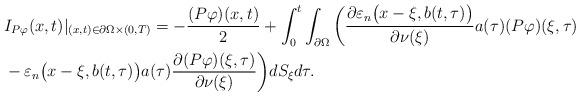
LaTeX: \begin{align*}&I_{P\varphi}(x,t)|_{(x,t)\in \partial\Omega\times(0,T)}=-\frac{(P\varphi)(x,t)}{2}+\int_{0}^{t} \int_{\partial\Omega}\bigg( \frac{\partial \varepsilon_{n}\big(x-\xi,b(t,\tau)\big)}{\partial\nu(\xi)}a(\tau)(P\varphi)(\xi,\tau) \\&-\varepsilon_{n}\big(x-\xi,b(t,\tau)\big)a(\tau)\frac{\partial (P\varphi)(\xi,\tau)}{\partial\nu(\xi)}\bigg) dS_{\xi}d\tau.\end{align*}